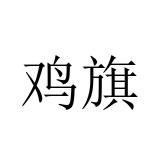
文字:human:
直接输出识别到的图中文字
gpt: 鸡旗